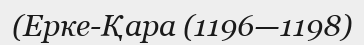
(Ерке-Қара (1196—1198)